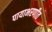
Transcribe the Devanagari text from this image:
पायाभरणीत